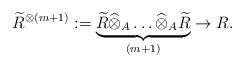
LaTeX: \begin{align*}\widetilde R^{\otimes (m+1)}:=\underbrace{\widetilde R\widehat{\otimes}_A\dots \widehat{\otimes}_A\widetilde R}_{(m+1) }\to R.\end{align*}